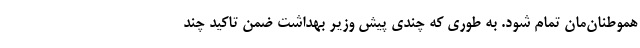
هموطنان‌مان تمام شود. به طوری که چندی پیش وزیر بهداشت ضمن تاکید چند